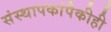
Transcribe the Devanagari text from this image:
संस्थापकांपैकीही